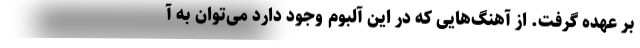
بر عهده گرفت. از آهنگ‌هایی که در این آلبوم وجود دارد می‌توان به آ